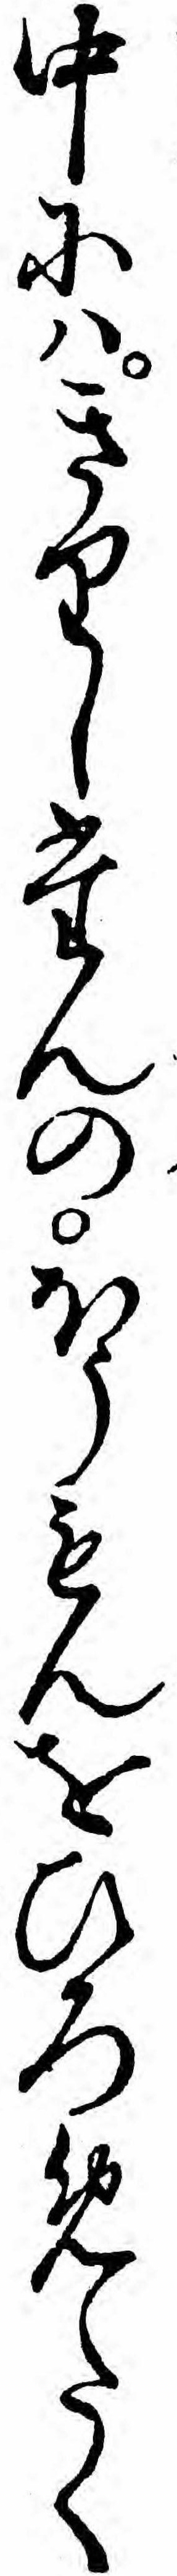
中にハきりしたんのほうもんをひろめたく